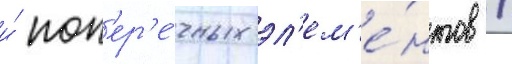
и́ поп'ер'е́чных эл'ем'е́нтов /